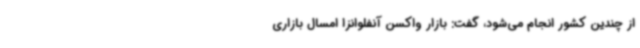
از چندین کشور انجام می‌شود، گفت: بازار واکسن آنفلوانزا امسال بازاری